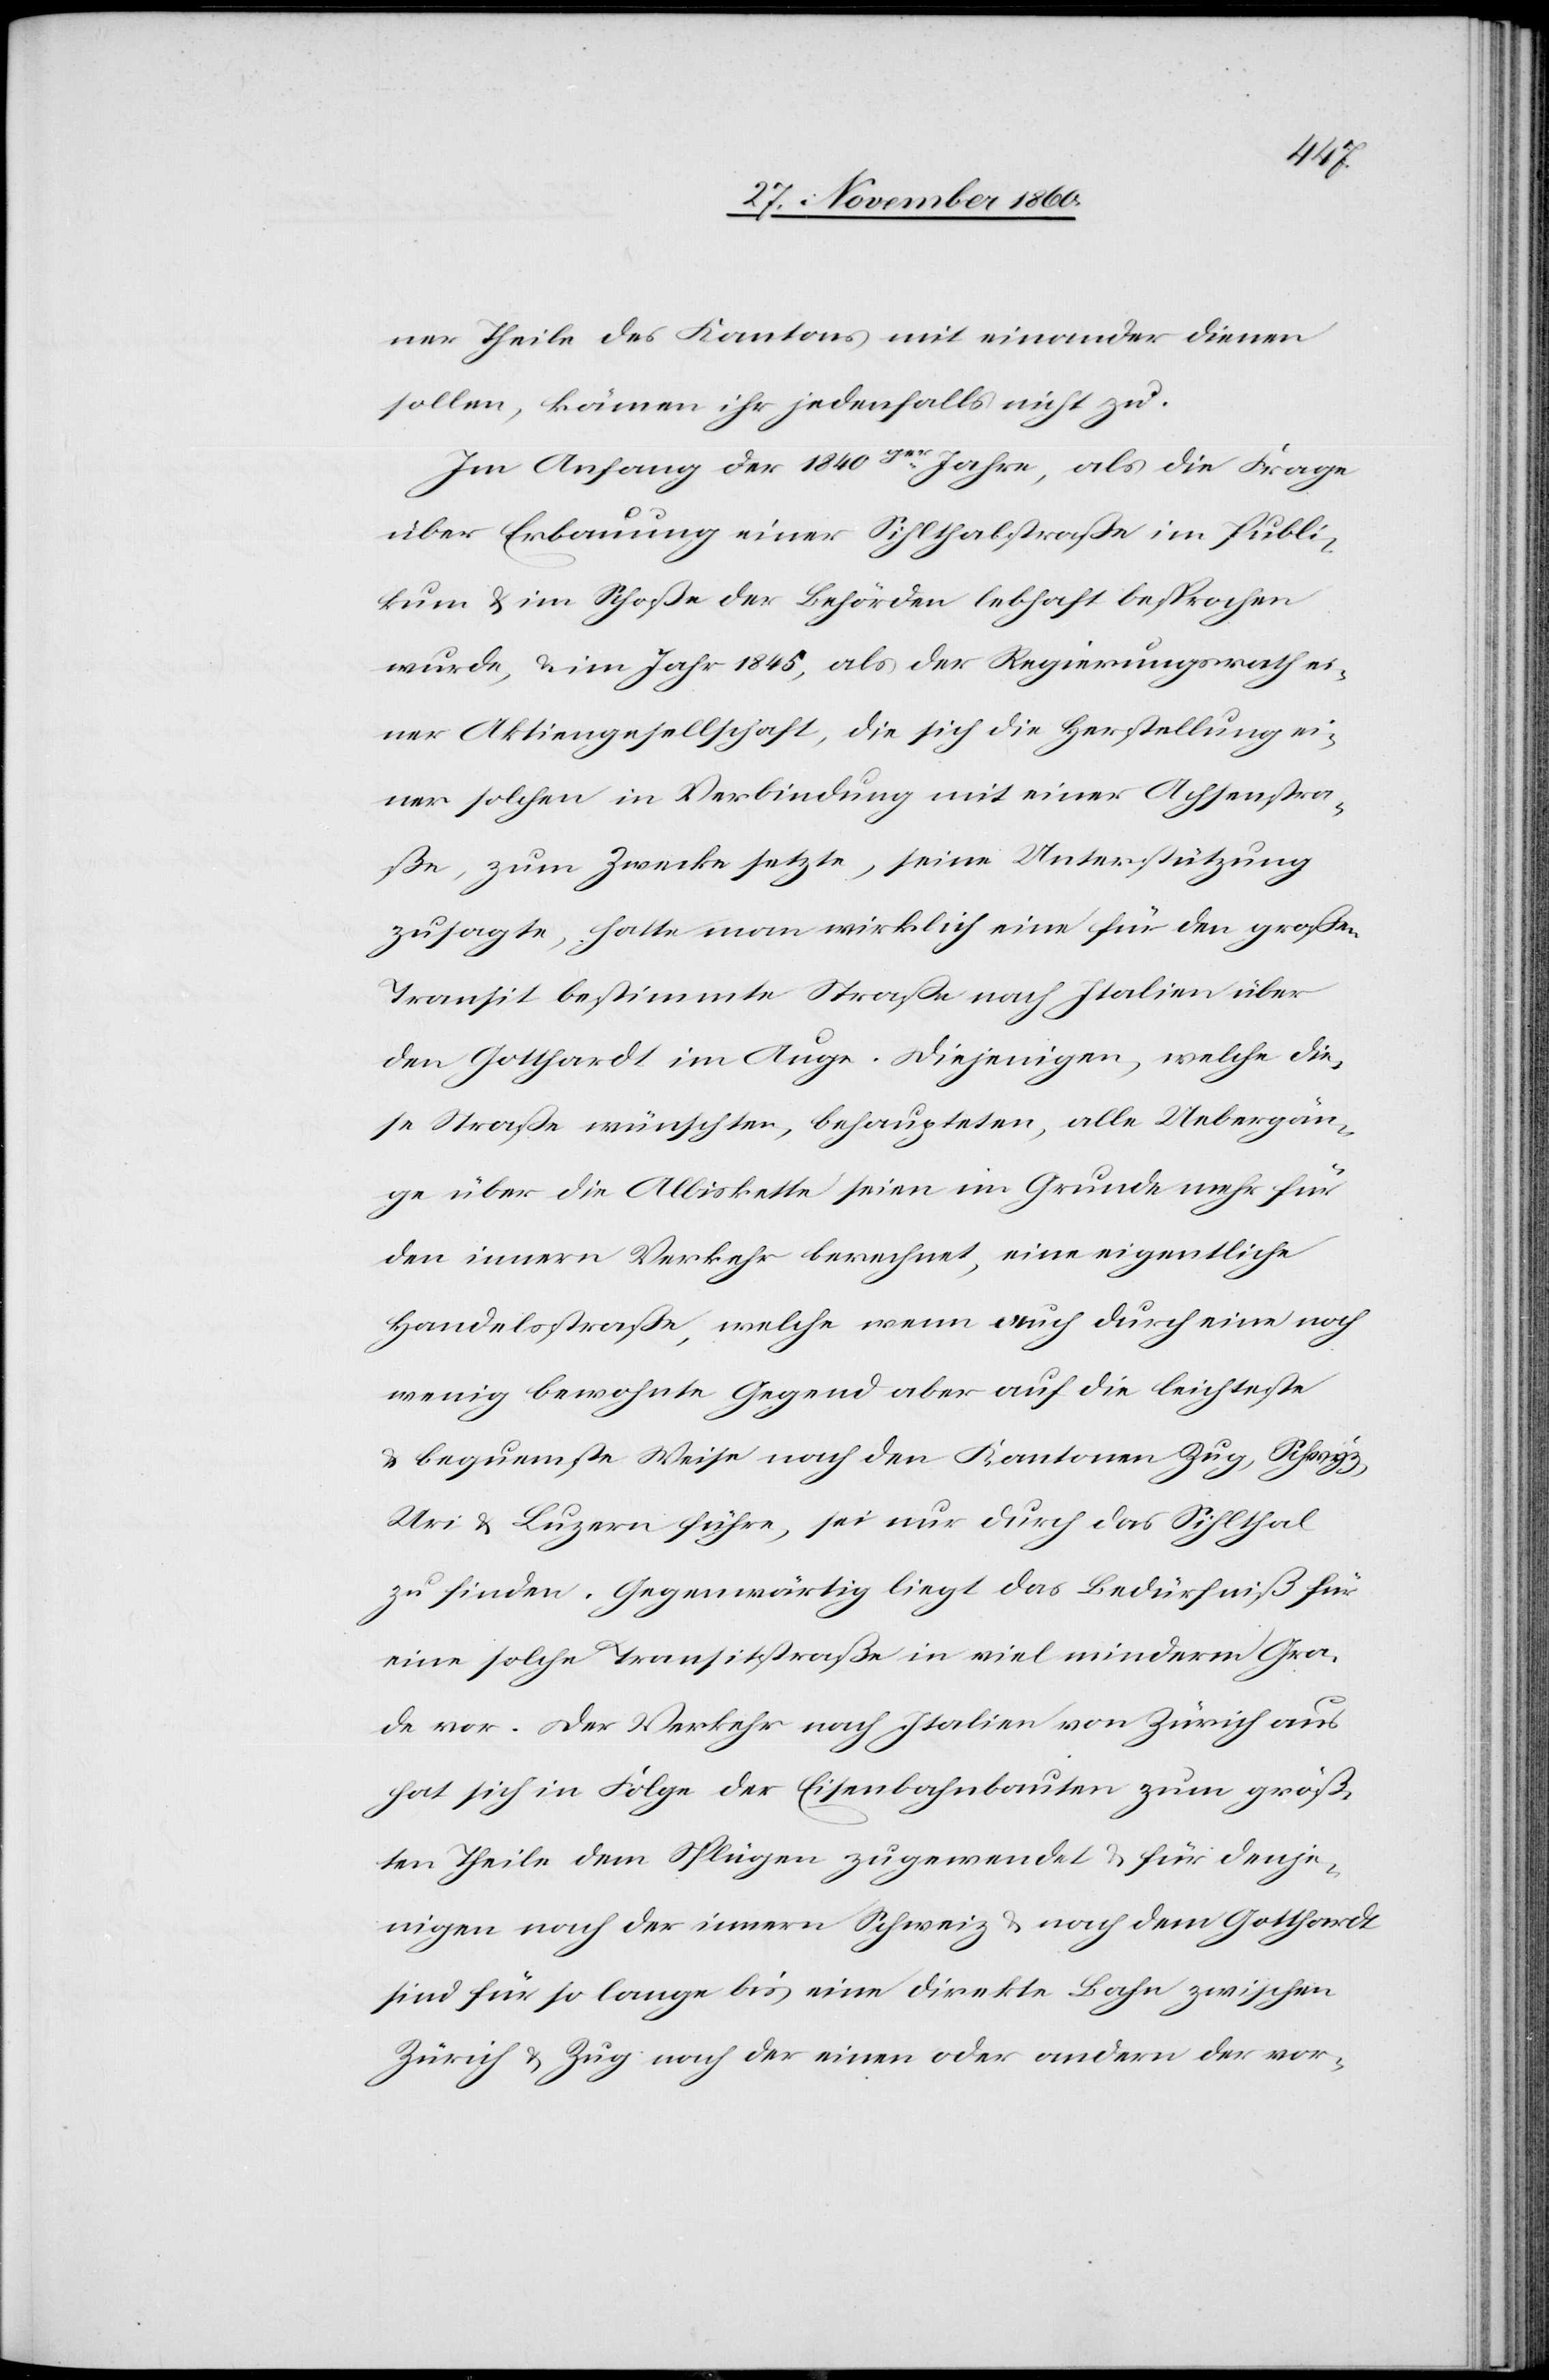
ner Theile des Kantons mit einander dienen
sollen, kämen ihr jedenfalls nicht zu.
Im Anfang der 1840ger Jahre, als die Frage
über Erbauung einer Sihlthalstraße im Publi¬
kum u. im Schoße der Behörden lebhaft besprochen
wurde, u. im Jahr 1845, als der Regierungsrath ei¬
ner Aktiengesellschaft, die sich die Herstellung ei¬
ner solchen in Verbindung mit einer Achsenstra¬
ße, zum Zwecke setzte, seine Unterstützung
zusagte, hatte man wirklich eine für den großen
Transit bestimmte Straße nach Italien über
den Gotthardt im Auge. Diejenigen, welche die¬
se Straße wünschten, behaupteten, alle Uebergän¬
ge über die Albiskette seien im Grunde mehr für
den innern Verkehr berechnet, eine eigentliche
Handelsstraße, welche wenn auch durch eine noch
wenig bewohnte Gegend aber auf die leichteste
u. bequemste Weise nach den Kantonen Zug, Schwyz,
Uri u. Luzern führe, sei nur durch das Sihlthal
zu finden. Gegenwärtig liegt das Bedürfniß für
eine solche Transitstraße in viel minderm Gra¬
de vor. Der Verkehr nach Italien von Zürich aus
hat sich in Folge der Eisenbahnbauten zum größ¬
ten Theile dem Splügen zugewendet u. für denje¬
nigen nach der innern Schweiz u. nach dem Gotthardt
sind für so lange bis eine direkte Bahn zwischen
Zürich u. Zug nach der einen oder andern der vor-